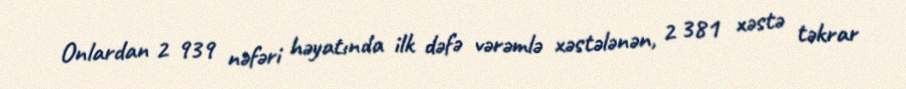
Onlardan 2 939 nəfəri həyatında ilk dəfə vərəmlə xəstələnən, 2 381 xəstə təkrar